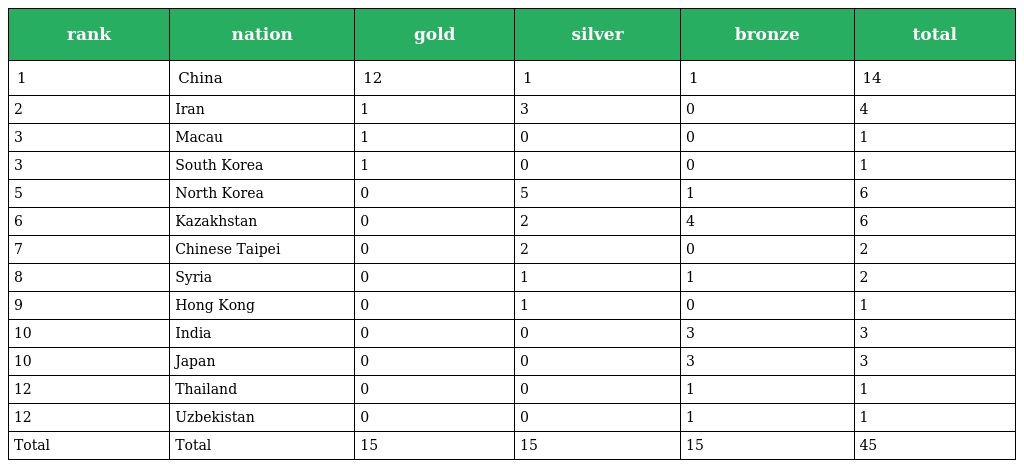
| rank | nation | gold | silver | bronze | total |
 | --- | --- | --- | --- | --- | --- |
 | 1 | China | 12 | 1 | 1 | 14 |
 | 2 | Iran | 1 | 3 | 0 | 4 |
 | 3 | Macau | 1 | 0 | 0 | 1 |
 | 3 | South Korea | 1 | 0 | 0 | 1 |
 | 5 | North Korea | 0 | 5 | 1 | 6 |
 | 6 | Kazakhstan | 0 | 2 | 4 | 6 |
 | 7 | Chinese Taipei | 0 | 2 | 0 | 2 |
 | 8 | Syria | 0 | 1 | 1 | 2 |
 | 9 | Hong Kong | 0 | 1 | 0 | 1 |
 | 10 | India | 0 | 0 | 3 | 3 |
 | 10 | Japan | 0 | 0 | 3 | 3 |
 | 12 | Thailand | 0 | 0 | 1 | 1 |
 | 12 | Uzbekistan | 0 | 0 | 1 | 1 |
 | Total | Total | 15 | 15 | 15 | 45 |